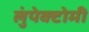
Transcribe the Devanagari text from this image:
लुंपेक्टोमी